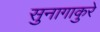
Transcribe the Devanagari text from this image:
सुनागाकुरे